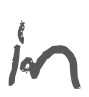
Text: in
Cross-out: clean
Writing tool: digital_gray